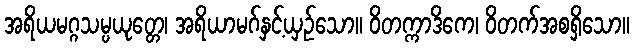
အရိယမဂ္ဂသမ္ပယုတ္တေ၊ အရိယာမဂ်နှင့်ယှဉ်သော။ ဝိတက္ကာဒိကေ၊ ဝိတက်အစရှိသော။